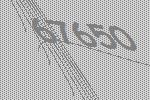
67650